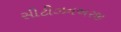
સીટીઝનઅરજી